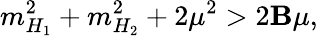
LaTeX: m_{H_{1}}^{2}+m_{H_{2}}^{2}+2\mu^{2}>2\mathbf{B}\mu,